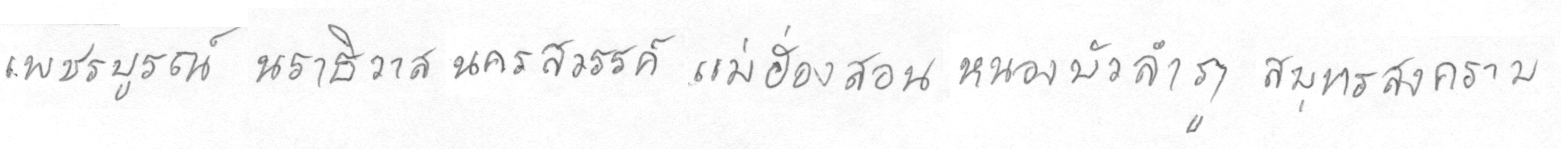
เพชรบรูณ์นราธิวาสนครสววรรค์แม่ฮ่องสอนหนองบัวลำภูสมุทรสงคราม